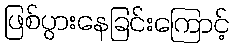
ဖြစ်ပွားနေခြင်းကြောင့်